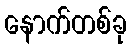
နောက်တစ်ခု